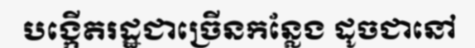
បង្កើតរដ្ឋជាច្រើនកន្លែង ដូចជានៅ